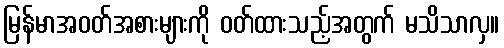
မြန်မာအဝတ်အစားများကို ဝတ်ထားသည့်အတွက် မသိသာလှ။